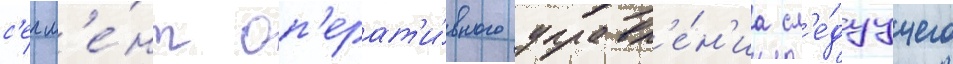
с'егм'е́нт оп'ерат'и́вного управл'е́н'иа сл'е́дуущего